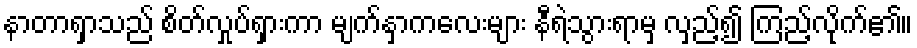
နာတာရှာသည် စိတ်လှုပ်ရှားကာ မျက်နှာကလေးများ နီရဲသွားရာမှ လှည့်၍ ကြည့်လိုက်၏။